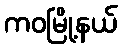
ကဝမြို့နယ်